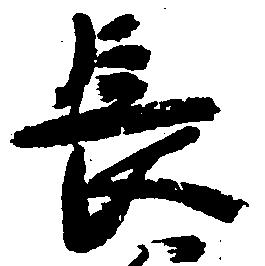
長